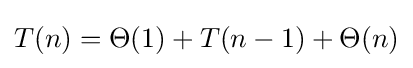
T(n)=\Theta (1)+T(n-1)+\Theta (n)